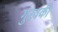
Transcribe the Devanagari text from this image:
गुरवकी